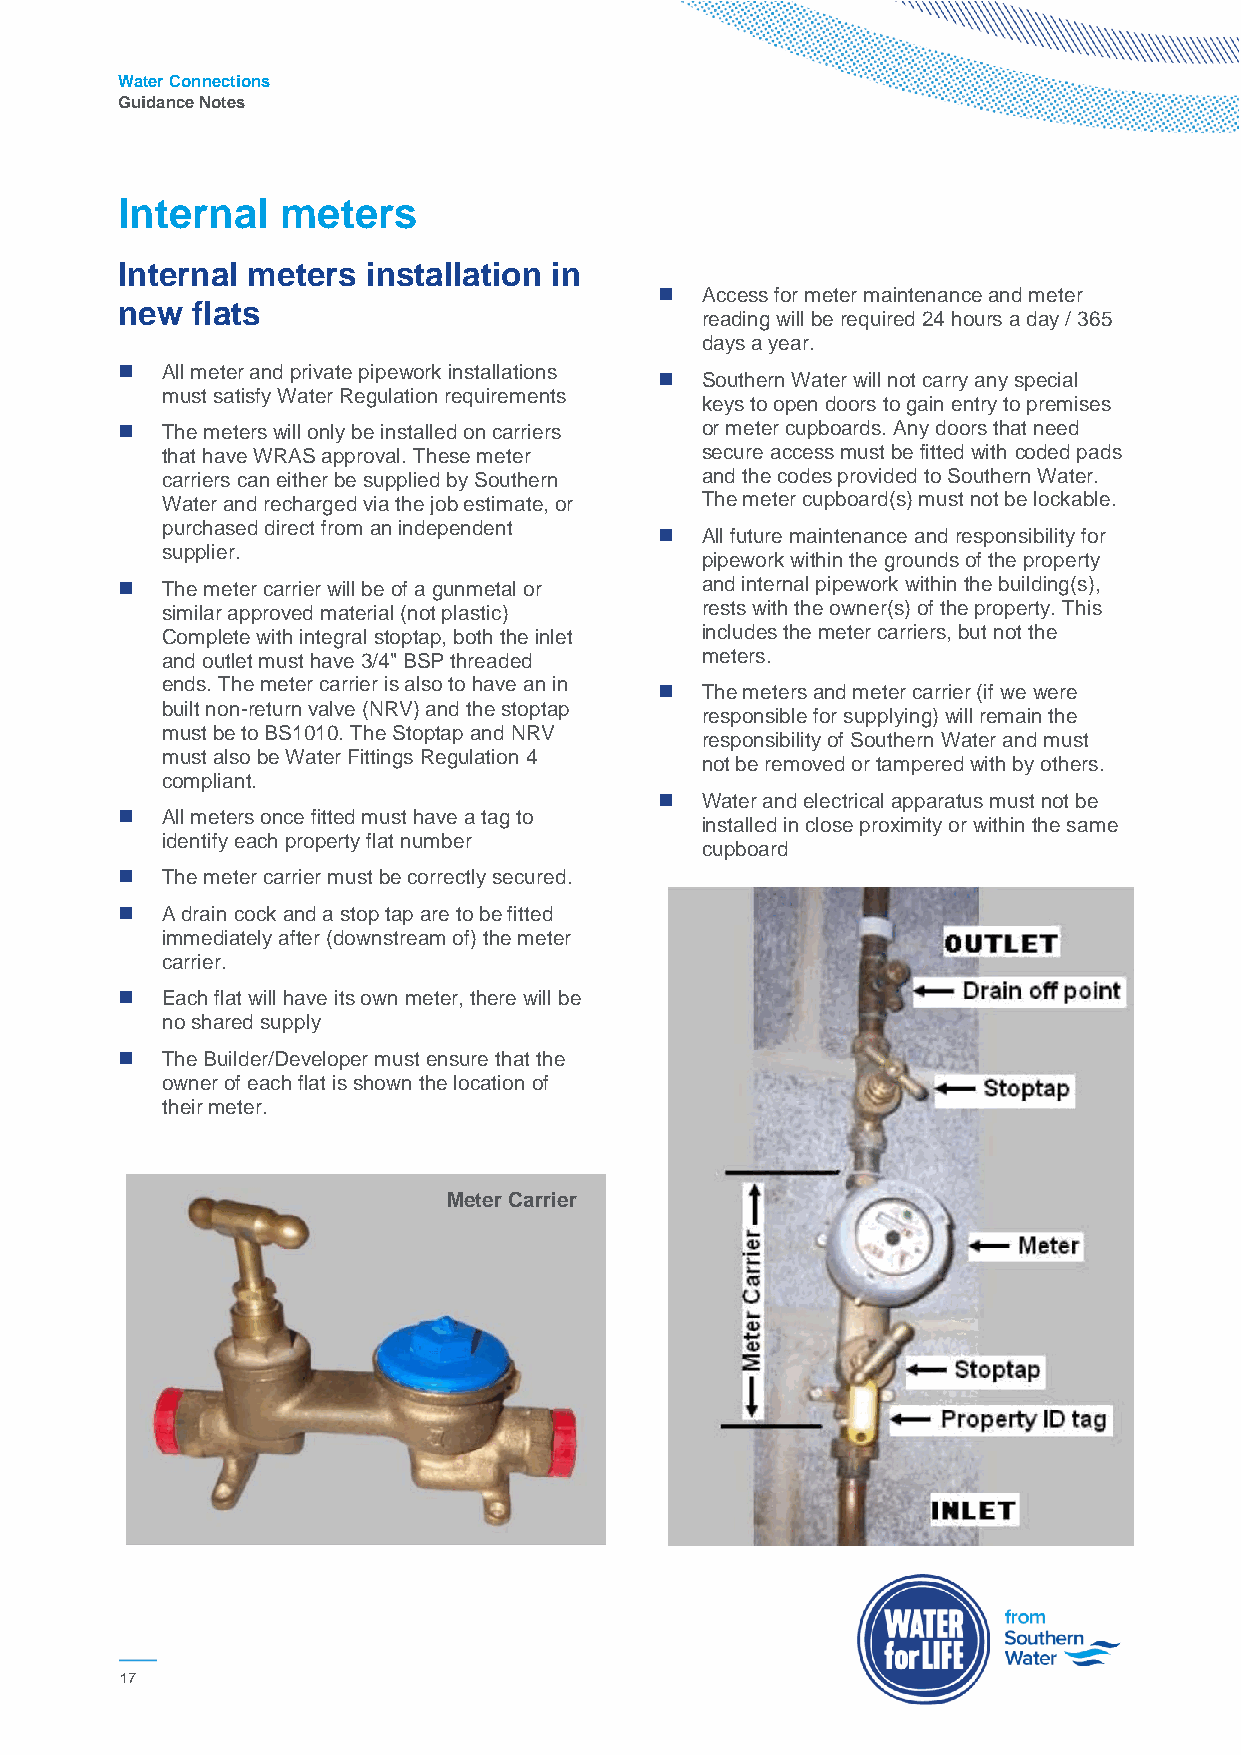
Water Connections
 Guidance Notes
 Internal   meters
 Internal meters installation in
  Access for meter maintenance and meter
 new  flats
 reading will be required 24 hours a day / 365
 days a year.
   All meter and private pipework installations
  Southern Water will not carry any special
 must satisfy Water Regulation requirements
 keys to open doors to gain entry to premises
   The meters will only be installed on carriers or meter cupboards. Any doors that need
 that have WRAS approval. These meter secure access must be fitted with coded pads
 carriers can either be supplied by Southern and the codes provided to Southern Water.
 Water and recharged via the job estimate, or The meter cupboard(s) must not be lockable.
 purchased direct from an independent
  All future maintenance and responsibility for
 supplier.
 pipework within the grounds of the property
   The meter carrier will be of a gunmetal or and internal pipework within the building(s),
 similar approved material (not plastic) rests with the owner(s) of the property. This
 Complete with integral stoptap, both the inlet includes the meter carriers, but not the
 and outlet must have 3/4" BSP threaded meters.
 ends. The meter carrier is also to have an in
  The meters and meter carrier (if we were
 built non-return valve (NRV) and the stoptap
 responsible for supplying) will remain the
 must be to BS1010. The Stoptap and NRV
 responsibility of Southern Water and must
 must also be Water Fittings Regulation 4
 not be removed or tampered with by others.
 compliant.
  Water and electrical apparatus must not be
   All meters once fitted must have a tag to
 installed in close proximity or within the same
 identify each property flat number
 cupboard
   The meter carrier must be correctly secured.
   A drain cock and a stop tap are to be fitted
 immediately after (downstream of) the meter
 carrier.
   Each flat will have its own meter, there will be
 no shared supply
   The Builder/Developer must ensure that the
 owner of each flat is shown the location of
 their meter.
 Meter Carrier
 17